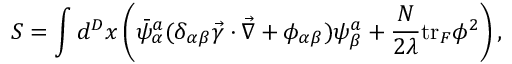
S = \int d ^ { D } x \left( \bar { \psi } _ { \alpha } ^ { a } ( \delta _ { \alpha \beta } \vec { \gamma } \cdot \vec { \nabla } + \phi _ { \alpha \beta } ) \psi _ { \beta } ^ { a } + \frac { N } { 2 \lambda } \mathrm { t r } _ { F } \phi ^ { 2 } \right) ,